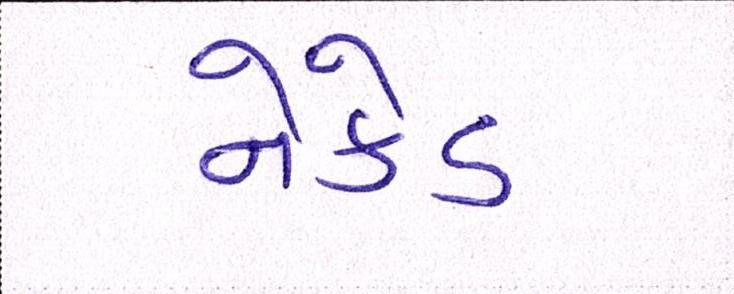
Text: નેકેડ